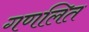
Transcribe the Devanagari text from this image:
गणलित